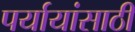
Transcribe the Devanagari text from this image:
पर्यायांसाठी